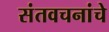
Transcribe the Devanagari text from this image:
संतवचनांचे